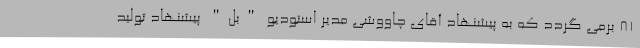
۸۱ برمی گردد که به پیشنهاد آقای چاووشی مدیر استودیو "بل" پیشنهاد تولید